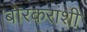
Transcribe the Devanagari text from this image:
बोरकरांशी